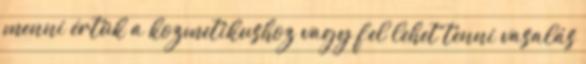
menni értük a kozmetikushoz vagy fel lehet tenni vasalás